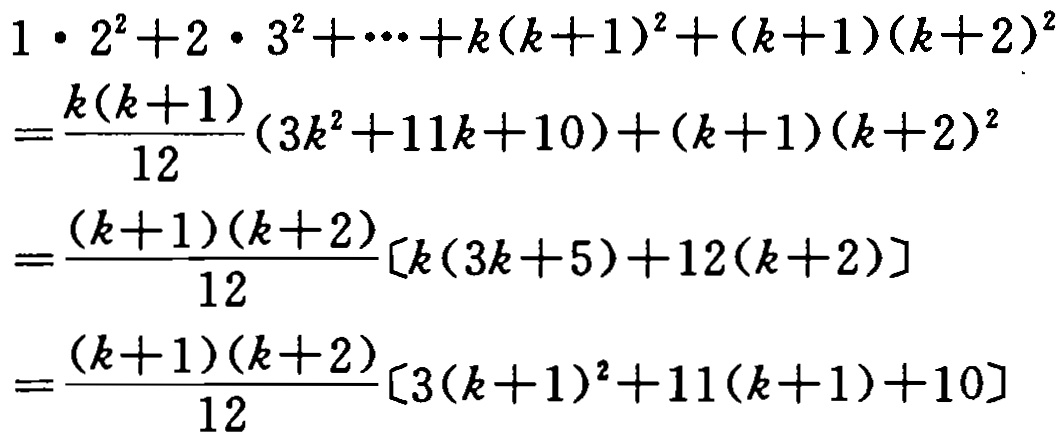
\[

\begin{align*}

&1\cdot 2^{2}+2\cdot 3^{2}+\cdots +k(k + 1)^{2}+(k + 1)(k + 2)^{2}\\

=&\frac{k(k + 1)}{12}(3k^{2}+11k + 10)+(k + 1)(k + 2)^{2}\\

=&\frac{(k + 1)(k + 2)}{12}[k(3k + 5)+12(k + 2)]\\

=&\frac{(k + 1)(k + 2)}{12}[3(k + 1)^{2}+11(k + 1)+10]

\end{align*}

\]